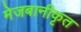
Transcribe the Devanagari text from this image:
मेजबानीकृत